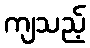
ကျသည့်